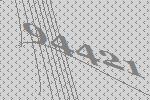
94421